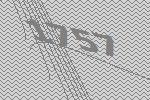
1757